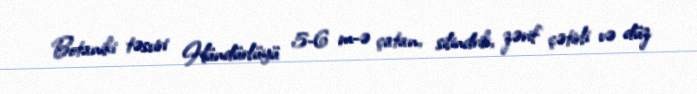
Botaniki təsviri Hündürlüyü 5-6 m-ə çatan, silindrik, zərif çətirli və düz